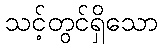
သင့်တွင်ရှိသော